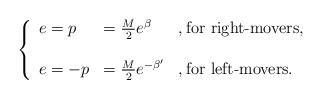
LaTeX: \begin{align*}\left\{\begin{array}{l l l}e= p & = \frac{M}{2} e^{\beta} & , \mbox{for right-movers},\\& & \\e= - p & = \frac{M}{2} e^{- \beta'} & ,\mbox{for left-movers}.\end{array}\right.\end{align*}